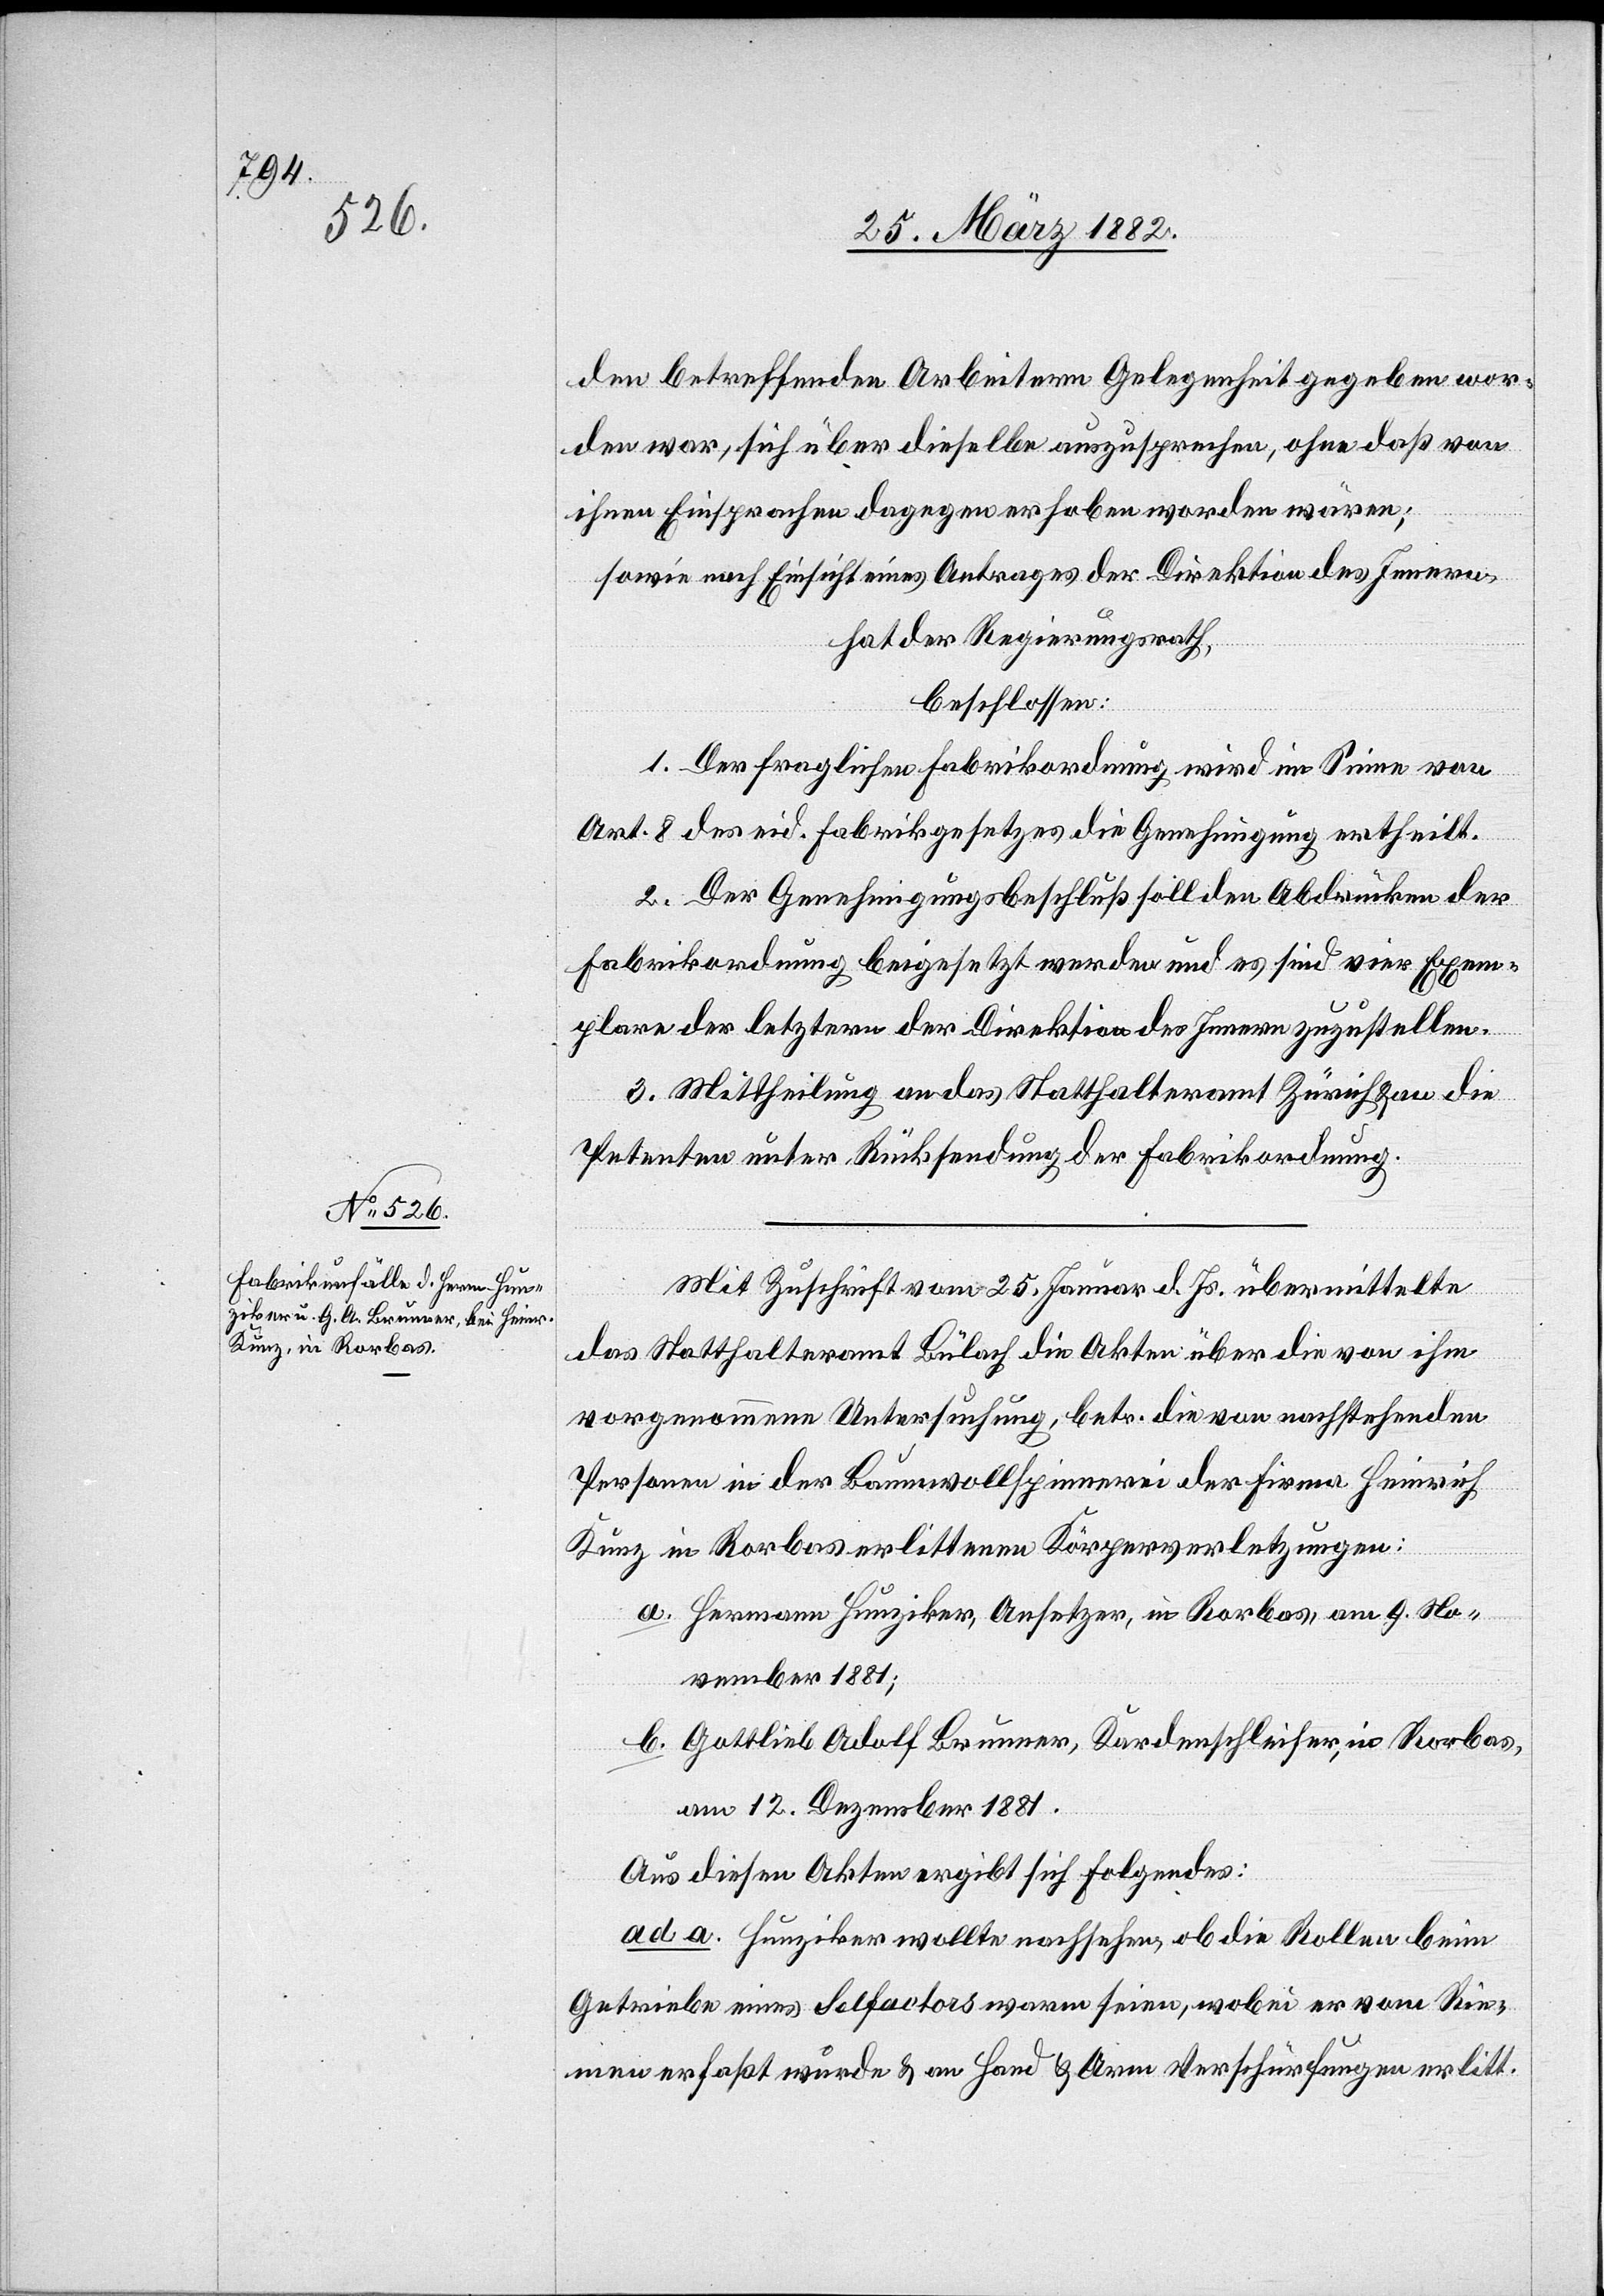
den betreffenden Arbeitern Gelegenheit gegeben wor¬
den war, sich über dieselbe auszusprechen, ohne daß von
ihnen Einsprachen dagegen erhoben worden wären;
sowie nach Einsicht eines Antrages der Direktion des Innern,
hat der Regierungsrath,
beschlossen:
1. Der fraglichen Fabrikordnung wird im Sinne von
Art. 8 des eid. Fabrikgesetzes die Genehmigung ertheilt.
2. Der Genehmigungsbeschluß soll den Abdrücken der
Fabrikordnung beigesetzt werden und es sind vier Exem¬
plare der letztern der Direktion des Innern zuzustellen.
3. Mittheilung an das Statthalteramt Zürich & an die
Petenten unter Rücksendung der Fabrikordnung.
Mit Zuschrift vom 25. Januar d. Js. übermittelte
das Statthalteramt Bülach die Akten über die von ihm
vorgenommene Untersuchung, betr. die von nachstehenden
Personen in der Baumwollspinnerei der Firma Heinrich
Kunz in Rorbas erlittenen Körperverletzungen:
a. Hermann Hunziker, Ansetzer, in Rorbas, am 9. No¬
vember 1881;
b. Gottlieb Adolf Brunner, Kardenschleifer, in Rorbas,
am 12. Dezember 1882.
Aus diesen Akten ergibt sich folgendes:
ad. a. Hunziker wollte nachsehen, ob die Rollen beim
Getriebe eines Seldactors warm seien, wobei er vom Rie¬
men erfaßt wurde & an Hand & Arm Verschürfungen erlitt.